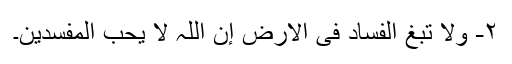
۲- ولا تبغ الفساد فی الأرض إن اللّٰہ لا یحب المفسدین۔